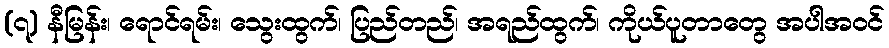
(၇) နီမြန်း၊ ရောင်ရမ်း၊ သွေးထွက်၊ ပြည်တည်၊ အရည်ထွက်၊ ကိုယ်ပူတာတွေ အပါအဝင်